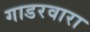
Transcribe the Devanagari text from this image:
गाडरवारा